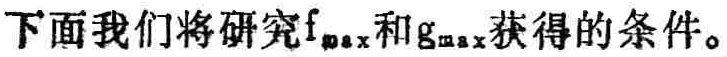
下面我们将研究\(f_{\max}\)和\(g_{\max}\)获得的条件。